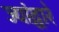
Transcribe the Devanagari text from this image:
ज्यांद्वारे